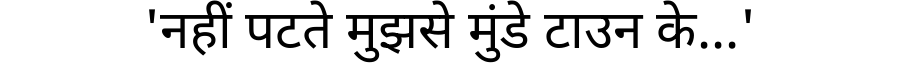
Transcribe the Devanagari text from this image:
'नहीं पटते मुझसे मुंडे टाउन के...'